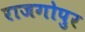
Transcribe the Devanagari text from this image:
राजगोपुर